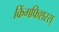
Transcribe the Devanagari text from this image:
किंगफिशरस्